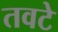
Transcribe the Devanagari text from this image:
तवटे